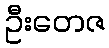
ဦးတေဇ